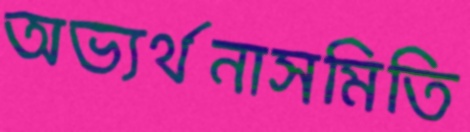
অভ্যর্থনাসমিতি